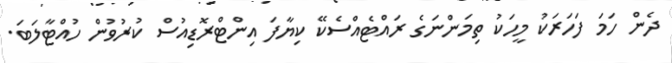
ދެން ހަމަ ފަހަރަކު މީހަކު ތިމަންނަގެ ރައްޓެއްސެކޭ ކިޔާފަ އިންޓްރޮޑިއުސް ކުރުވުން ހުއްޓާލަބަ.